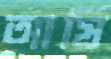
আর্ষি